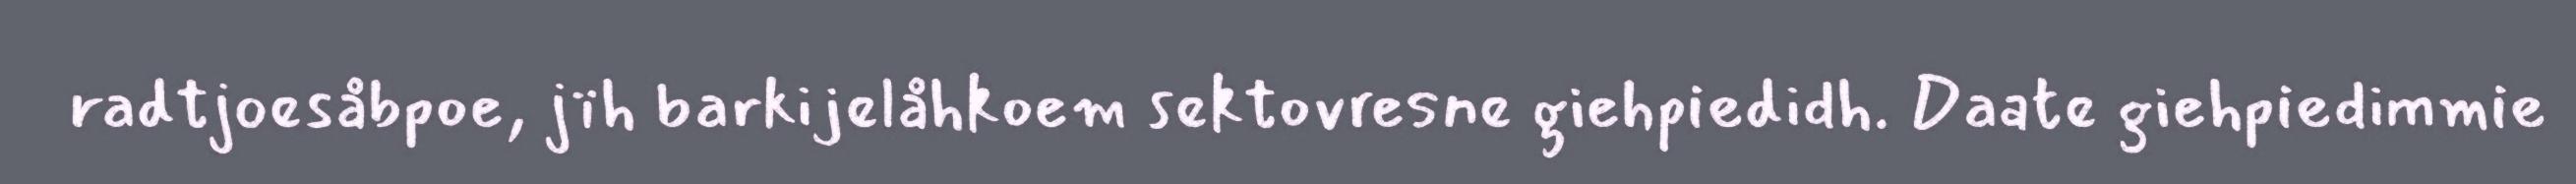
radtjoesåbpoe, jïh barkijelåhkoem sektovresne giehpiedidh. Daate giehpiedimmie